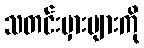
သတင်းမှားများကို